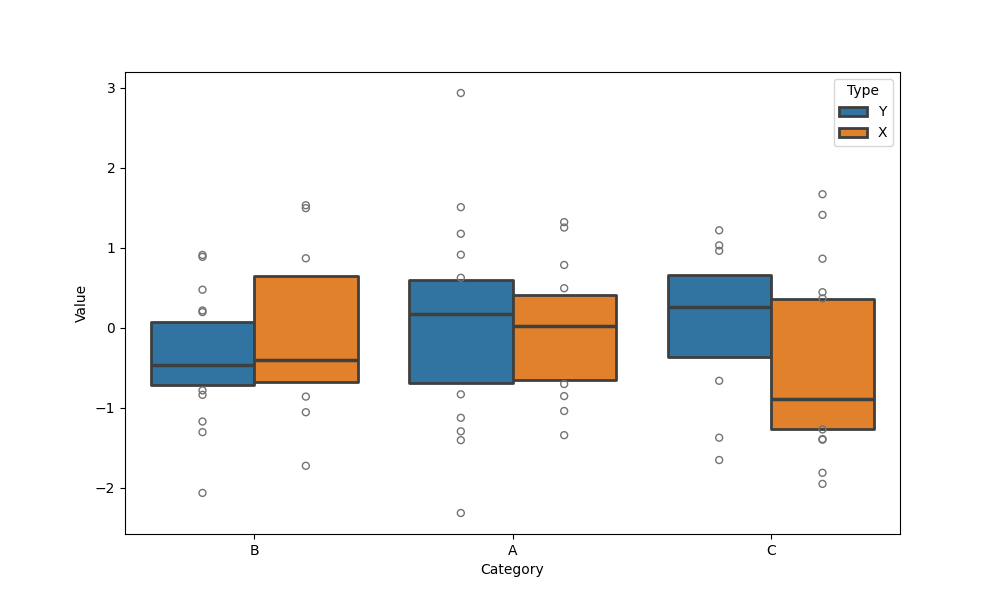
python, seaborn, boxenplot, k_depth='tukey', linewidth=2, scale='linear', outlier_prop=0.2, showfliers=True